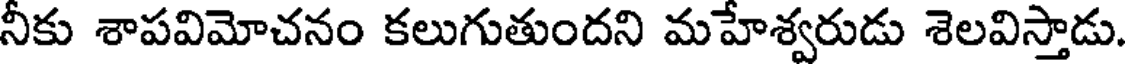
నీకు శాపవిమోచనం కలుగుతుందని మహేశ్వరుడు శెలవిస్తాడు